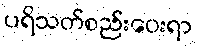
ပရိသတ်စည်းဝေးရာ